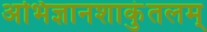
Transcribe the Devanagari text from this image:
अभिज्ञानशाकुंतलम्‌